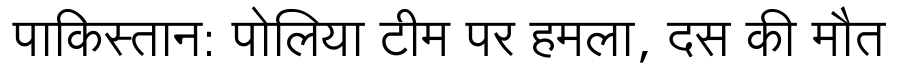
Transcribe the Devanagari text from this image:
पाकिस्तान: पोलिया टीम पर हमला, दस की मौत